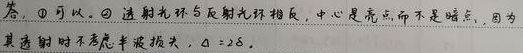
答：\textcircled{1} 可以。\textcircled{2} 透射光环与反射光环相反，中心是亮点而不是暗点，因为其透射时不考虑半波损失，$\Delta = 2\delta$。